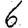
Digit: 6